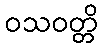
ဝသဝတ္တိ